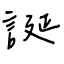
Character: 誕